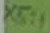
Text: X5:1